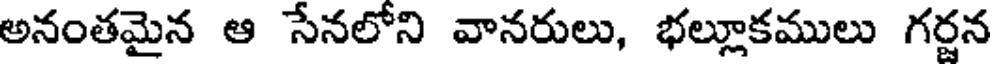
అనంతమైన ఆ సేనలోని వానరులు, భల్లూకములు గర్జన